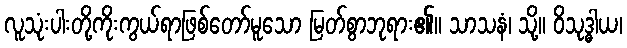
လူသုံးပါးတို့ကိုးကွယ်ရာဖြစ်တော်မူသော မြတ်စွာဘုရား၏။ သာသနံ၊ သို့။ ဝိသုဒ္ဓါယ၊